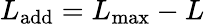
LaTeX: L_{\mathrm{add}}=L_{\mathrm{max}}-L